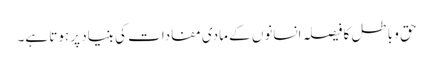
حق و باطل کا فیصلہ انسانوں کے مادی مفادات کی بنیاد پر ہوتا ہے۔